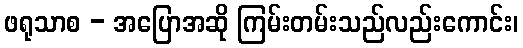
ဖရုသာစ - အပြောအဆို ကြမ်းတမ်းသည်လည်းကောင်း၊